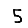
Digit: 5